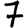
Digit: 7